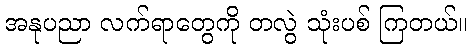
အနုပညာ လက်ရာတွေကို တလွဲ သုံးပစ် ကြတယ်။